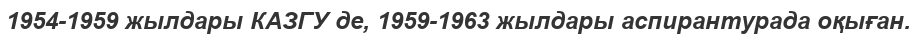
1954-1959 жылдары КАЗГУ де, 1959-1963 жылдары аспирантурада оқыған.